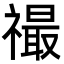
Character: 𬓙